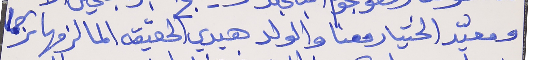
ومعيّد الختيار معنا والولد هيدي الحقيقه الما لزمها ترجما